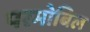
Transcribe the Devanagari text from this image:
परमोबिल